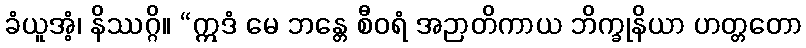
ခံယူအံ့၊ နိဿဂ္ဂိ။ “ဣဒံ မေ ဘန္တေ စီဝရံ အဉာတိကာယ ဘိက္ခုနိယာ ဟတ္တတော